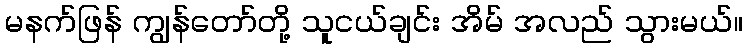
မနက်ဖြန် ကျွန်တော်တို့ သူငယ်ချင်း အိမ် အလည် သွားမယ်။